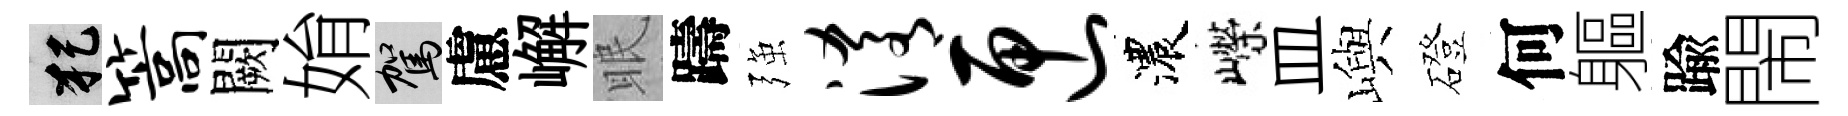
犯篙闕姢駕慮嶰眠躊强淆匣濃嶸皿嶼磴何軀踰閙